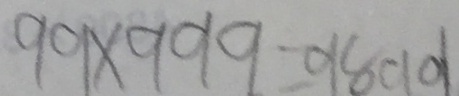
9 9 \times 9 9 9 = 9 8 0 1 0 1